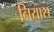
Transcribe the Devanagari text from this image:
नियास